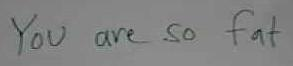
You are so fat